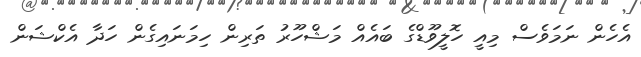
އެހެން ނަމަވެސް މިއީ ހޮލީވޫޑްގެ ބައެއް މަޝްހޫރު ތަރިން ހިމަނައިގެން ހަދާ އެކްޝަން